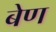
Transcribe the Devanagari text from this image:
बेण